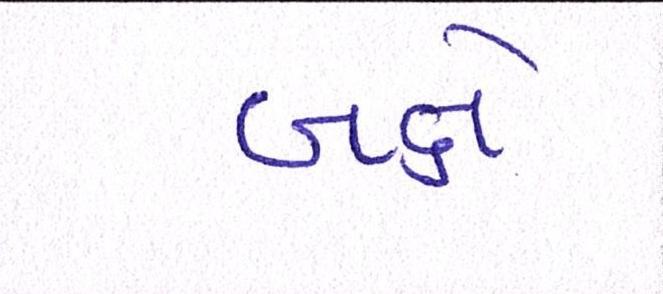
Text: બક્ષે